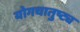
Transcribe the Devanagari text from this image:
योगचातुष्ट्य